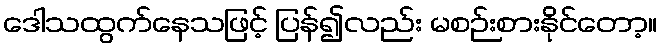
ဒေါသထွက်နေသဖြင့် ပြန်၍လည်း မစဉ်းစားနိုင်တော့။